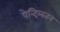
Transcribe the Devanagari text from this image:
पेन्दिलतन